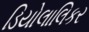
ડિયોલાલિકર